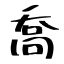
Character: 喬